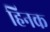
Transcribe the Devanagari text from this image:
हिनक